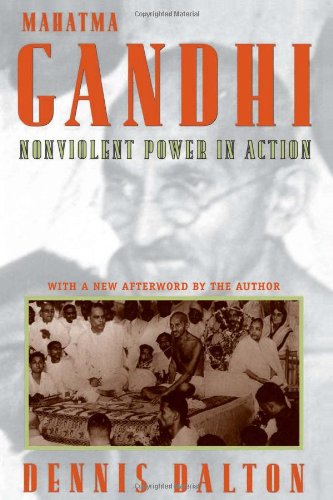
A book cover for Mahatma Gandhi: Nonviolent Power in Action; Dennis Dalton; Religion & Spirituality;